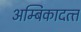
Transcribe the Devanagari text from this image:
अम्बिकादत्‍त